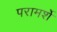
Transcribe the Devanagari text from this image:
परामर्शे